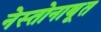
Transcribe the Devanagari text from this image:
नेस्तोनाबूत